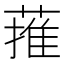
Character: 蓷